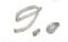
9,0